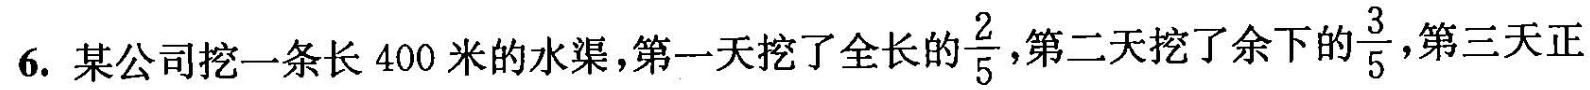
6.某公司挖一条长400米的水渠，第一天挖了全长 \frac{2}{5} ，第二天挖了余下 \frac{3}{5}第三天正